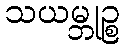
သယမ္ဘုဉ္စ